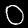
Label: 0